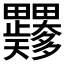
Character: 𭻼